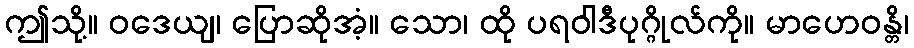
ဤသို့။ ဝဒေယျ၊ ပြောဆိုအံ့။ သော၊ ထို ပရဝါဒီပုဂ္ဂိုလ်ကို။ မာဟေဝန္တိ၊